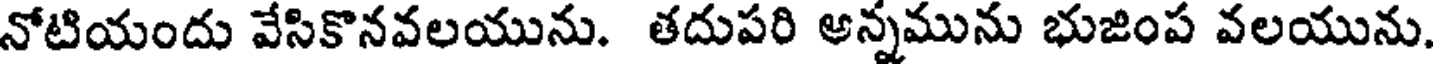
నోటియందు వేసికొనవలయును. తదుపరి అన్నమును భుజింప వలయును.